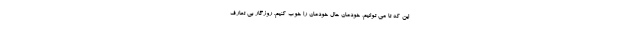
این که تا می توانیم، خودمان حال خودمان را خوب کنیم. روزگار بی تعارف